Scottish Leaving Certificate Examination, 1959
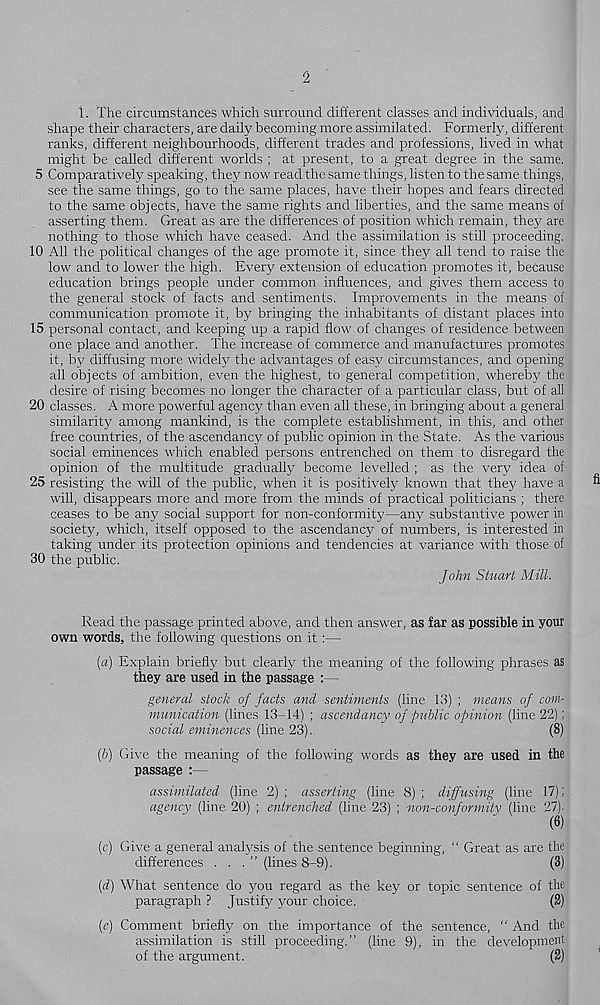
2
1. The circumstances which surround different classes and individuals, and
shape their characters, are daily becoming more assimilated. Formerly, different
ranks, different neighbourhoods, different trades and professions, lived in what
might be called different worlds ; at present, to a great degree in the same.
5 Comparatively speaking, they now read the same things, listen to the same things,
see the same things, go to the same places, have their hopes and fears directed
to the same objects, have the same rights and liberties, and the same means of
asserting them. Great as are the differences of position which remain, they are
nothing to those which have ceased. And the assimilation is still proceeding.
10 All the political changes of the age promote it, since they all tend to raise the
low and to lower the high. Every extension of education promotes it, because
education brings people under common influences, and gives them access to
the general stock of facts and sentiments. Improvements in the means of
communication promote it, by bringing the inhabitants of distant places into
15 personal contact, and keeping up a rapid flow of changes of residence between
one place and another. The increase of commerce and manufactures promotes
it, by diffusing more widely the advantages of easy circumstances, and opening
all objects of ambition, even the highest, to general competition, whereby the
desire of rising becomes no longer the character of a particular class, but of all
20 classes. A more powerful agency than even all these, in bringing about a general
similarity among mankind, is the complete establishment, in this, and other
free countries, of the ascendancy of public opinion in the State. As the various
social eminences which enabled persons entrenched on them to disregard the
opinion of the multitude gradually become levelled ; as the very idea of
25 resisting the will of the public, when it is positively known that they have a
will, disappears more and more from the minds of practical politicians ; there
ceases to be any social support for non-conformity—any substantive power in
society, which, itself opposed to the ascendancy of numbers, is interested in
taking under its protection opinions and tendencies at variance with those of
30 the public.
John Stuart Mill.
Read the passage printed above, and then answer, as far as possible in youi
own words, the following questions on it:—
[a) Explain briefly but clearly the meaning of the following phrases as
they are used in the passage :—
general stock of facts and sentiments (line 13) ; means of com-
munication (lines 13-14) ; ascendancy of public opinion (line 22);
social eminences tfme 23).
(8)
{b) Give the meaning of the following words as they are used in the
passage :—
assimilated (line 2) ; asserting (line 8) ; diffusing (line 17) 1
agency (line 20) ; entrenched (line 23) ; non-conformity (line 27).
(6)
[c) Give a general analysis of the sentence beginning, “ Great as are the
differences . . .” (lines 8-9).
(3)
{d) What sentence do you regard as the key or topic sentence of the
paragraph ? Justify your choice.
(2)
(e) Comment briefly on the importance of the sentence, “ And the
assimilation is still proceeding.” (line 9), in the development
of the argument.
(2)